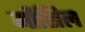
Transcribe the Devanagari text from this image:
मौसिल